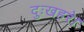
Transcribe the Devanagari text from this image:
दुःखहरे।